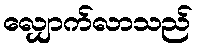
လျှောက်လာသည်